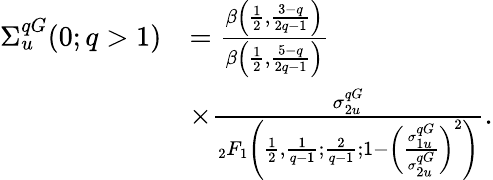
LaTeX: \begin{array}{rl}{\Sigma_{u}^{qG}(0;q>1)}&{=\frac{\beta\left(\frac{1}{2},\frac{3-q}{2q-1}\right)}{\beta\left(\frac{1}{2},\frac{5-q}{2q-1}\right)}}\\ &{\times\frac{\sigma_{2u}^{qG}}{_2F_{1}\left(\frac{1}{2},\frac{1}{q-1};\frac{2}{q-1};1-\left(\frac{\sigma_{1u}^{qG}}{\sigma_{2u}^{qG}}\right)^{2}\right)}.}\end{array}